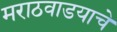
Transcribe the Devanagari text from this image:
मराठवाडयाचे